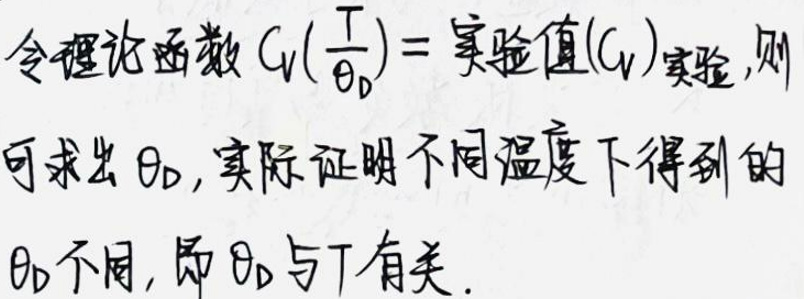
令理论函数\(G_{t}(\frac{T}{\theta_{D}})=\)实验值\((G)_{实验}\)，则可求出\(\theta_{D}\)，实际证明不同温度下得到的\(\theta_{D}\)不同，即\(\theta_{D}\)与\(T\)有关。